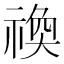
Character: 𬓋